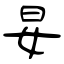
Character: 妟